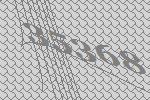
35368